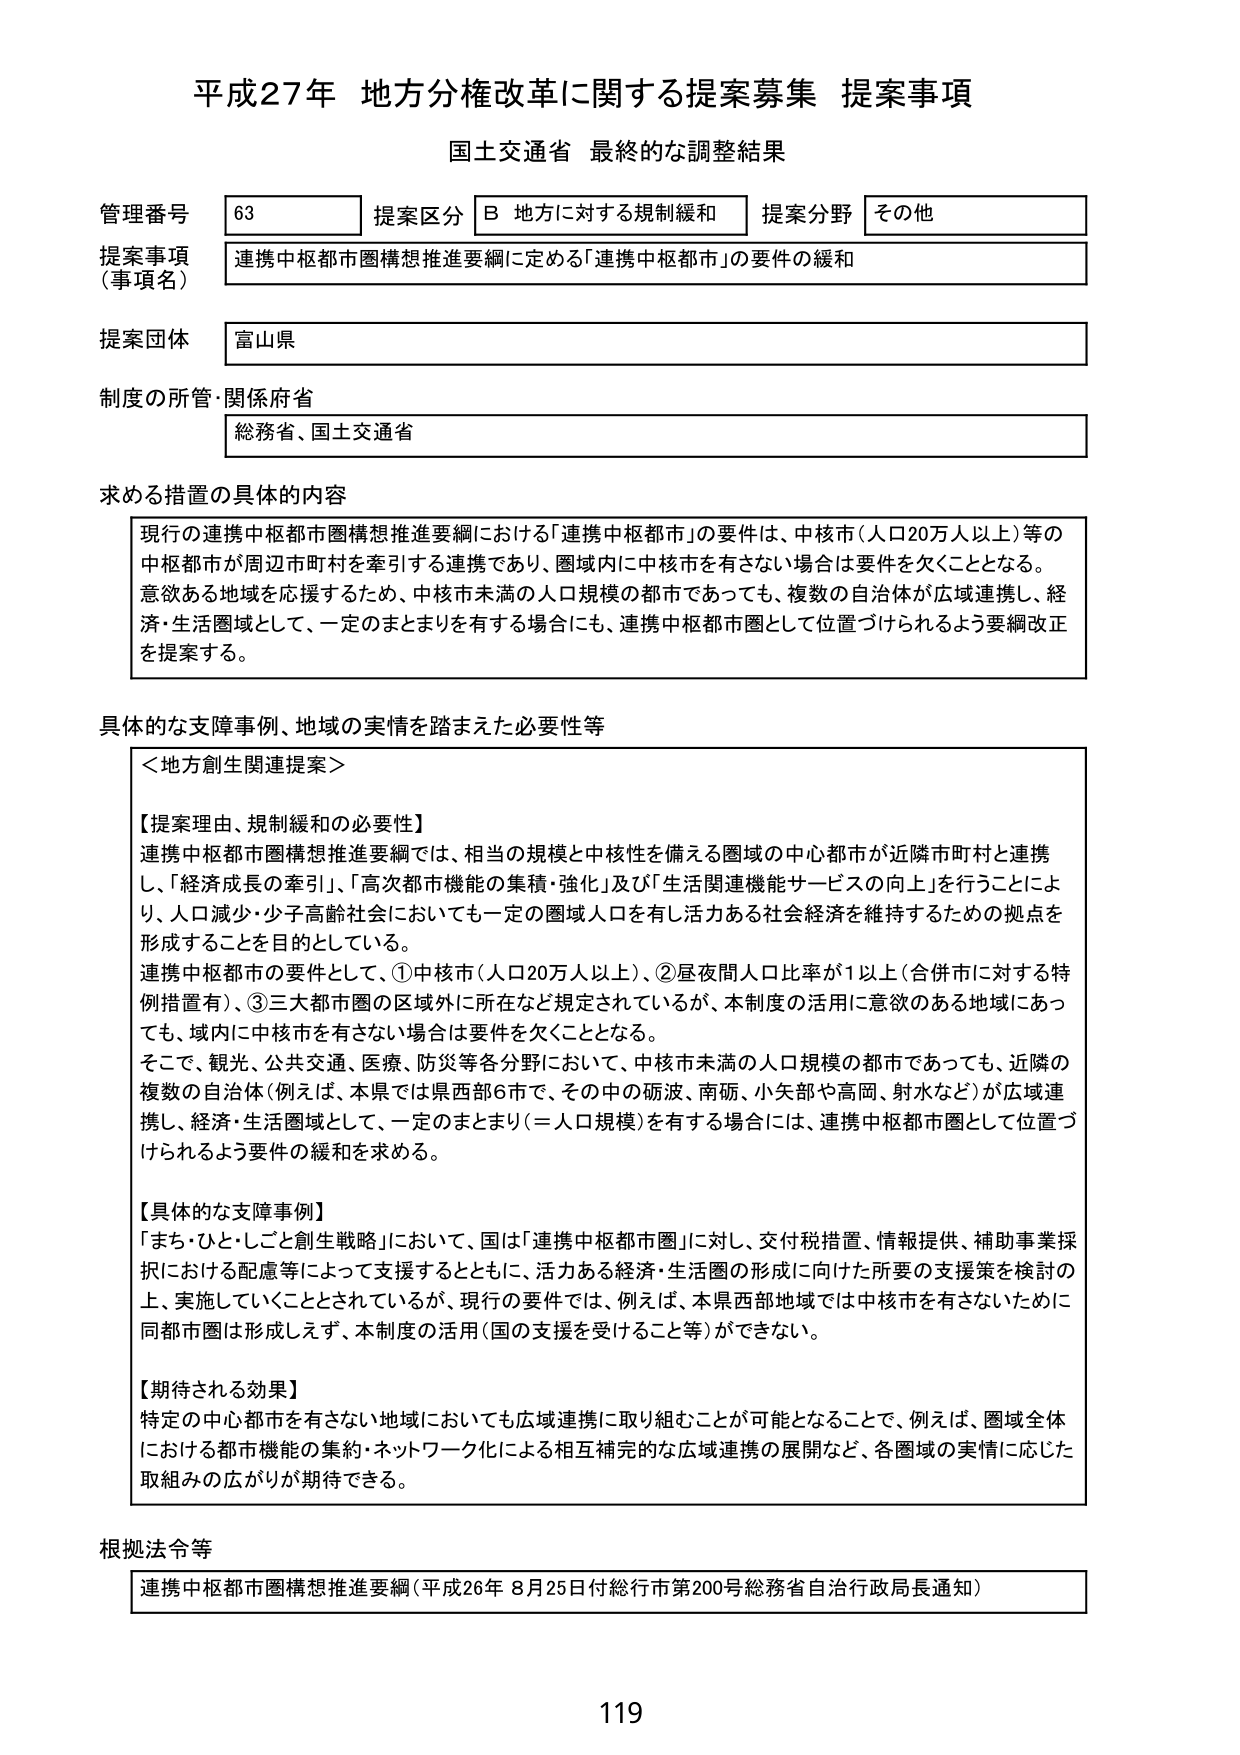
平成27年 地方分権改革に関する提案募集 提案事項
国土交通省 最終的な調整結果

管理番号 63
提案区分 B 地方に対する規制緩和
提案分野 その他

提案事項（事項名）
連携中枢都市圏構想推進要綱に定める「連携中枢都市」の要件の緩和

提案団体
富山県

制度の所管・関係府省
総務省、国土交通省

求める措置の具体的内容
現行の連携中枢都市圏構想推進要綱における「連携中枢都市」の要件は、中核市（人口20万人以上）等の中核都市が周辺市町村を牽引する連携であり、圏域内に中核市を有さない場合は要件を欠くこととなる。意欲ある地域を応援するため、中核市未満の人口規模の都市であっても、複数の自治体が広域連携し、経済・生活圏域として、一定のまとまりを有する場合にも、連携中枢都市圏として位置づけられるよう要綱改正を提案する。

具体的な支障事例、地域の実情を踏まえた必要性等
＜地方創生関連提案＞

【提案理由、規制緩和の必要性】
連携中枢都市圏構想推進要綱では、相当の規模と中核性を備える圏域の中心都市が近隣市町村と連携し、「経済成長の牽引」、「高次都市機能の集積・強化」及び「生活関連機能サービスの向上」を行うことにより、人口減少・少子高齢社会においても一定の圏域人口を有し活力ある社会経済を維持するための拠点を形成することを目的としている。
連携中枢都市の要件として、①中核市（人口20万人以上）、②昼夜間人口比率が1以上（合併市に対する特例措置有）、③三大都市圏の区域外に所在など規定されているが、本制度の活用に意欲のある地域にあっても、域内に中核市を有さない場合は要件を欠くこととなる。
そこで、観光、公共交通、医療、防災等各分野において、中核市未満の人口規模の都市であっても、近隣の複数の自治体（例えば、本県では県西部6市で、その中の砺波、南砺、小矢部や高岡、射水など）が広域連携し、経済・生活圏域として、一定のまとまり（＝人口規模）を有する場合には、連携中枢都市圏として位置づけられるよう要件の緩和を求める。

【具体的な支障事例】
「まち・ひと・しごと創生戦略」において、国は「連携中枢都市圏」に対し、交付税措置、情報提供、補助事業採択における配慮等によって支援するとともに、活力ある経済・生活圏の形成に向けた所要の支援策を検討の上、実施していくこととされているが、現行の要件では、例えば、本県西部地域では中核市を有さないために同都市圏は形成しえず、本制度の活用（国の支援を受けること等）ができない。

【期待される効果】
特定の中心都市を有さない地域においても広域連携に取り組むことが可能となることで、例えば、圏域全体における都市機能の集約・ネットワーク化による相互補完的な広域連携の展開など、各圏域の実情に応じた取組みの広がりが期待できる。

根拠法令等
連携中枢都市圏構想推進要綱（平成26年8月25日付総行市第200号総務省自治行政局長通知）

119